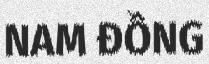
NAM ĐỒNG